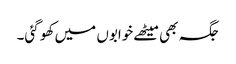
جگہ بھی میٹھے خوابوں میں کھو گئی۔